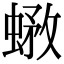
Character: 𧎄